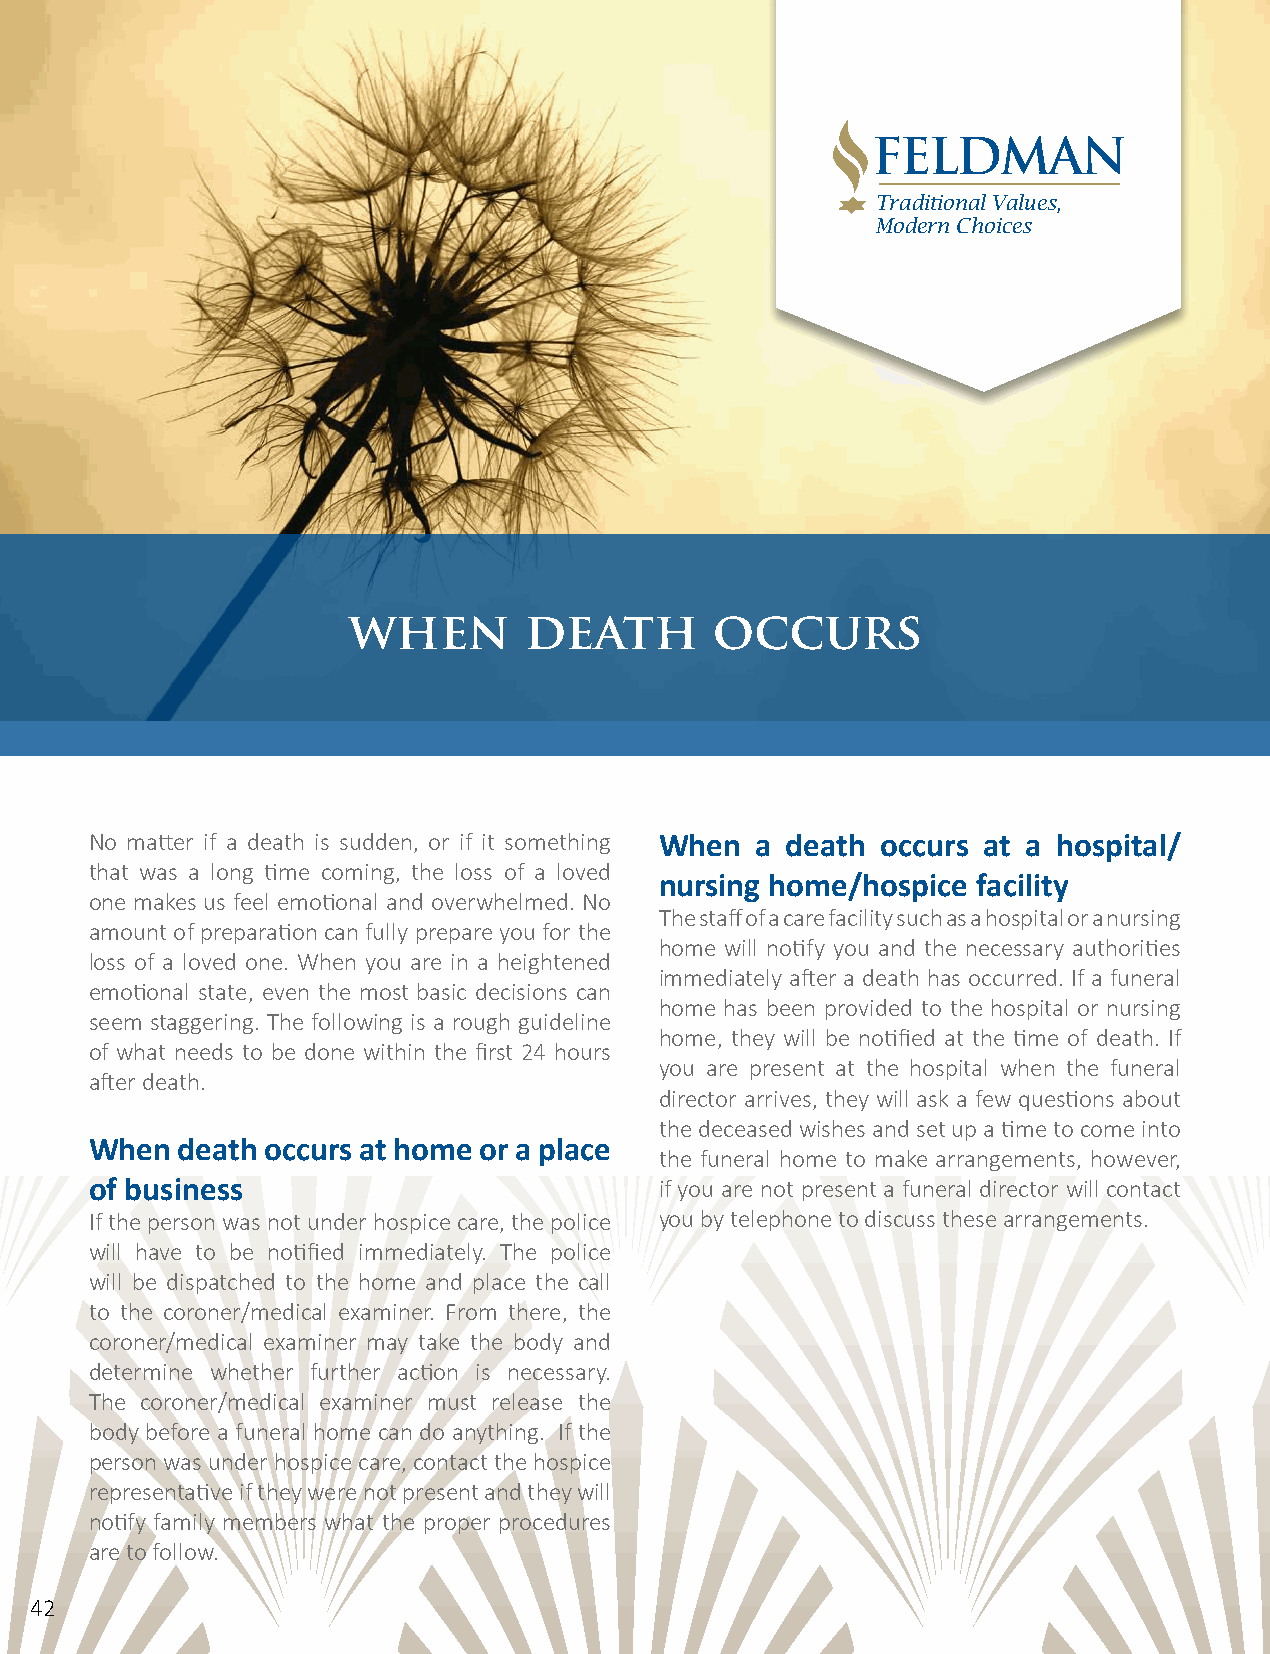
Traditional Values,
 Modern Choices
 when        death       occurs
 No matter if a death is sudden, or if it something When a death occurs at a hospital/
 that was a long time coming, the loss of a loved
 nursing home/hospice facility
 one makes us feel emotional and overwhelmed. No
 The staff of a care facility such as a hospital or a nursing
 amount of preparation can fully prepare you for the
 home will notify you and the necessary authorities
 loss of a loved one. When you are in a heightened
 immediately after a death has occurred. If a funeral
 emotional state, even the most basic decisions can
 home has been provided to the hospital or nursing
 seem staggering. The following is a rough guideline
 home, they will be notified at the time of death. If
 of what needs to be done within the first 24 hours
 you are present at the hospital when the funeral
 after death.
 director arrives, they will ask a few questions about
 the deceased wishes and set up a time to come into
 When  death occurs at home or a place
 the funeral home to make arrangements, however,
 of business                           if you are not present a funeral director will contact
 If the person was not under hospice care, the police you by telephone to discuss these arrangements.
 will have to be notified immediately. The police
 will be dispatched to the home and place the call
 to the coroner/medical examiner. From there, the
 coroner/medical examiner may take the body and
 determine whether further action is necessary.
 The coroner/medical examiner must release the
 body before a funeral home can do anything. If the
 person was under hospice care, contact the hospice
 representative if they were not present and they will
 notify family members what the proper procedures
 are to follow.
 42